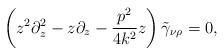
LaTeX: \begin{align*} \left( z^2 \partial_z^2 -z \partial_z - \frac{p^2}{4k^2} z \right) \tilde\gamma_{\nu\rho}=0,\end{align*}